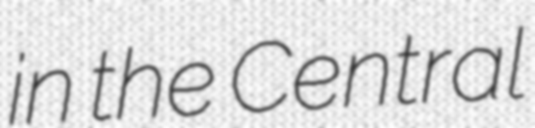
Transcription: in the Central